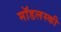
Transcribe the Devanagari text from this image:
मॉडलस्की